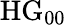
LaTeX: \mathrm{{HG}_{00}}